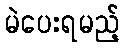
မဲပေးရမည့်